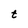
Character: t